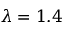
\lambda = 1 . 4